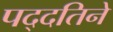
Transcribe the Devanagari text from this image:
पद्दतिने